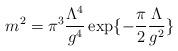
LaTeX: \begin{align*}m^2 = \pi^3 \frac{\Lambda^4}{g^4}\exp\{-\frac{\pi}{2}\frac{\Lambda}{g^2}\}\end{align*}